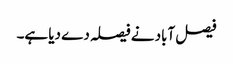
فیصل آباد نے فیصلہ دے دیا ہے۔